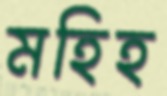
মহিহ